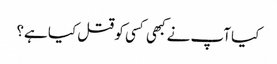
کیا آپ نے کبھی کسی کو قتل کیا ہے؟